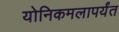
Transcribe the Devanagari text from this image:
योनिकमलापर्यंत